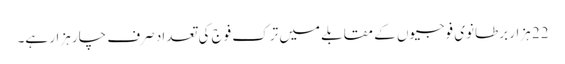
22 ہزار برطانوی فوجیوں کے مقابلے میں ترک فوج کی تعداد صرف چار ہزار ہے۔